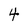
Character: 4